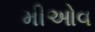
મીઓવ